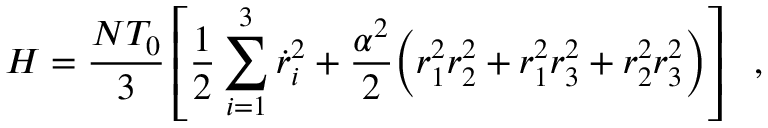
H = \frac { N T _ { 0 } } { 3 } \left[ \frac { 1 } { 2 } \sum _ { i = 1 } ^ { 3 } \dot { r } _ { i } ^ { 2 } + \frac { \alpha ^ { 2 } } { 2 } \Big ( r _ { 1 } ^ { 2 } r _ { 2 } ^ { 2 } + r _ { 1 } ^ { 2 } r _ { 3 } ^ { 2 } + r _ { 2 } ^ { 2 } r _ { 3 } ^ { 2 } \Big ) \right] ~ ~ ,